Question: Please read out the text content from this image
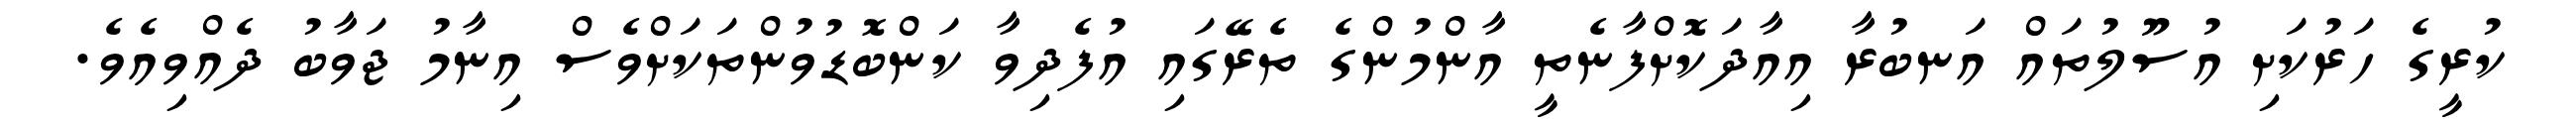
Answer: ކުރީގެ ހަރުކަށި އުސޫލުތައް އަނބުރާ އިއާދަކޮށްފާނެތީ އާންމުންގެ ތެރޭގައި އުފެދިވާ ކަންބޮޑުވުންތަކަށްވެސް އިނާމު ޖަވާބު ދެއްވިއެވެ.